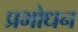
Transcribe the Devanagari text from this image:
प्रभोधन